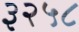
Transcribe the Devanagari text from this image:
३२५८